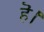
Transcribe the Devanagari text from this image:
हॆ।